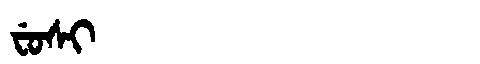
Manchu: ᠸᡠᠰᡳ
Romanization: FUSI